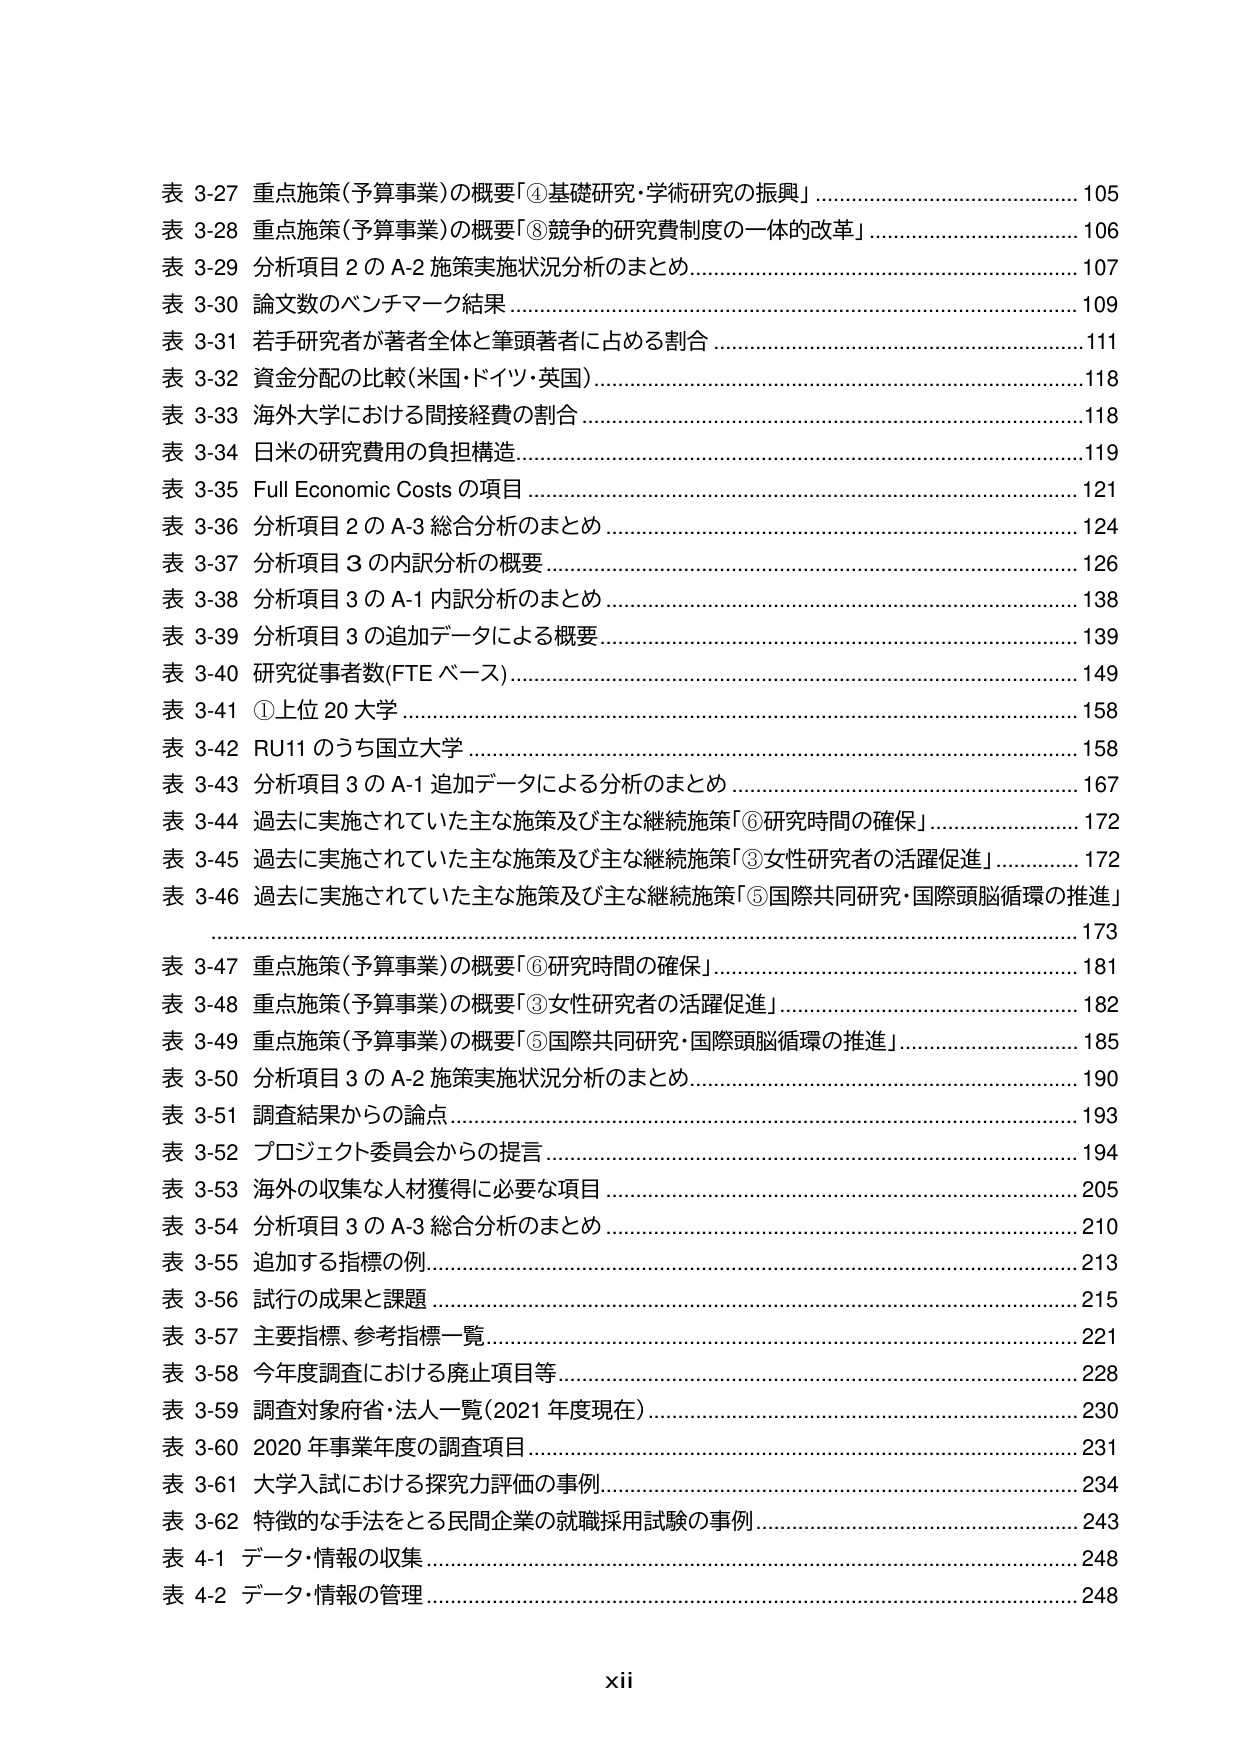
表 3-27 重点施策(予算事業)の概要「④基礎研究・学術研究の振興」 ……………………………… 105
表 3-28 重点施策(予算事業)の概要「⑧競争的研究費制度の一体的改革」 ………………………… 106
表 3-29 分析項目２のA-2 施策実施状況分析のまとめ …………………………………………… 107
表 3-30 論文数のベンチマーク結果 ………………………………………………………………… 109
表 3-31 若手研究者が著者全体と筆頭著者に占める割合 ………………………………………… 111
表 3-32 資金分配の比較(米国・ドイツ・英国) …………………………………………………… 118
表 3-33 海外大学における間接経費の割合 ………………………………………………………… 118
表 3-34 日米の研究費用の負担構造 ………………………………………………………………… 119
表 3-35 Full Economic Costs の項目 ………………………………………………………………… 121
表 3-36 分析項目２のA-3 総合分析のまとめ ……………………………………………………… 124
表 3-37 分析項目３の内訳分析の概要 ……………………………………………………………… 126
表 3-38 分析項目３のA-1 内訳分析のまとめ ……………………………………………………… 138
表 3-39 分析項目３の追加データによる概要 ……………………………………………………… 139
表 3-40 研究従事者数(FTE ベース) ………………………………………………………………… 149
表 3-41 ①上位 20 大学 ……………………………………………………………………………… 158
表 3-42 RU11 のうち国立大学 ……………………………………………………………………… 158
表 3-43 分析項目３のA-1 追加データによる分析のまとめ ……………………………………… 167
表 3-44 過去に実施されていた主な施策及び主な継続施策「⑥研究時間の確保」 ……………… 172
表 3-45 過去に実施されていた主な施策及び主な継続施策「③女性研究者の活躍促進」 ………… 172
表 3-46 過去に実施されていた主な施策及び主な継続施策「⑤国際共同研究・国際頭脳循環の推進」 ……………………………………………………………………………………………… 173
表 3-47 重点施策(予算事業)の概要「⑥研究時間の確保」 ……………………………………… 181
表 3-48 重点施策(予算事業)の概要「③女性研究者の活躍促進」 ………………………………… 182
表 3-49 重点施策(予算事業)の概要「⑤国際共同研究・国際頭脳循環の推進」 ………………… 185
表 3-50 分析項目３のA-2 施策実施状況分析のまとめ …………………………………………… 190
表 3-51 調査結果からの論点 ………………………………………………………………………… 193
表 3-52 プロジェクト委員会からの提言 …………………………………………………………… 194
表 3-53 海外の収集な人材獲得に必要な項目 ……………………………………………………… 205
表 3-54 分析項目３のA-3 総合分析のまとめ ……………………………………………………… 210
表 3-55 追加する指標の例 …………………………………………………………………………… 213
表 3-56 試行の成果と課題 …………………………………………………………………………… 215
表 3-57 主要指標、参考指標一覧 …………………………………………………………………… 221
表 3-58 今年度調査における廃止項目等 …………………………………………………………… 228
表 3-59 調査対象府省・法人一覧(2021 年度現在) ………………………………………………… 230
表 3-60 2020 年事業年度の調査項目 ……………………………………………………………… 231
表 3-61 大学入試における探究力評価の事例 ……………………………………………………… 234
表 3-62 特徴的な手法をとる民間企業の就職採用試験の事例 …………………………………… 243
表 4-1 データ・情報の収集 ………………………………………………………………………… 248
表 4-2 データ・情報の管理 ………………………………………………………………………… 248
xii